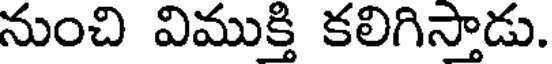
నుంచి విముక్తి కలిగిస్తాడు.